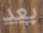
بعد